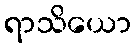
ရာသိယော